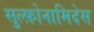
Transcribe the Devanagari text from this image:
सुल्फ़ोनामिदेस